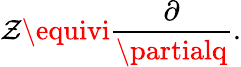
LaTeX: \mathcal{Z}\equivi\frac{{\partial}}{{\partialq}}.